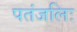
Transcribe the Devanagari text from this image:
पतंजलिः